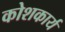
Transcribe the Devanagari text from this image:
कोशकार्य